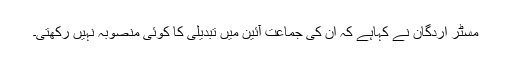
مسٹر اردگان نے کہاہے کہ ان کی جماعت آئین میں تبدیلی کا کوئی منصوبہ نہیں رکھتی۔